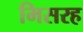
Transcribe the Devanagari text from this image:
मिसरह